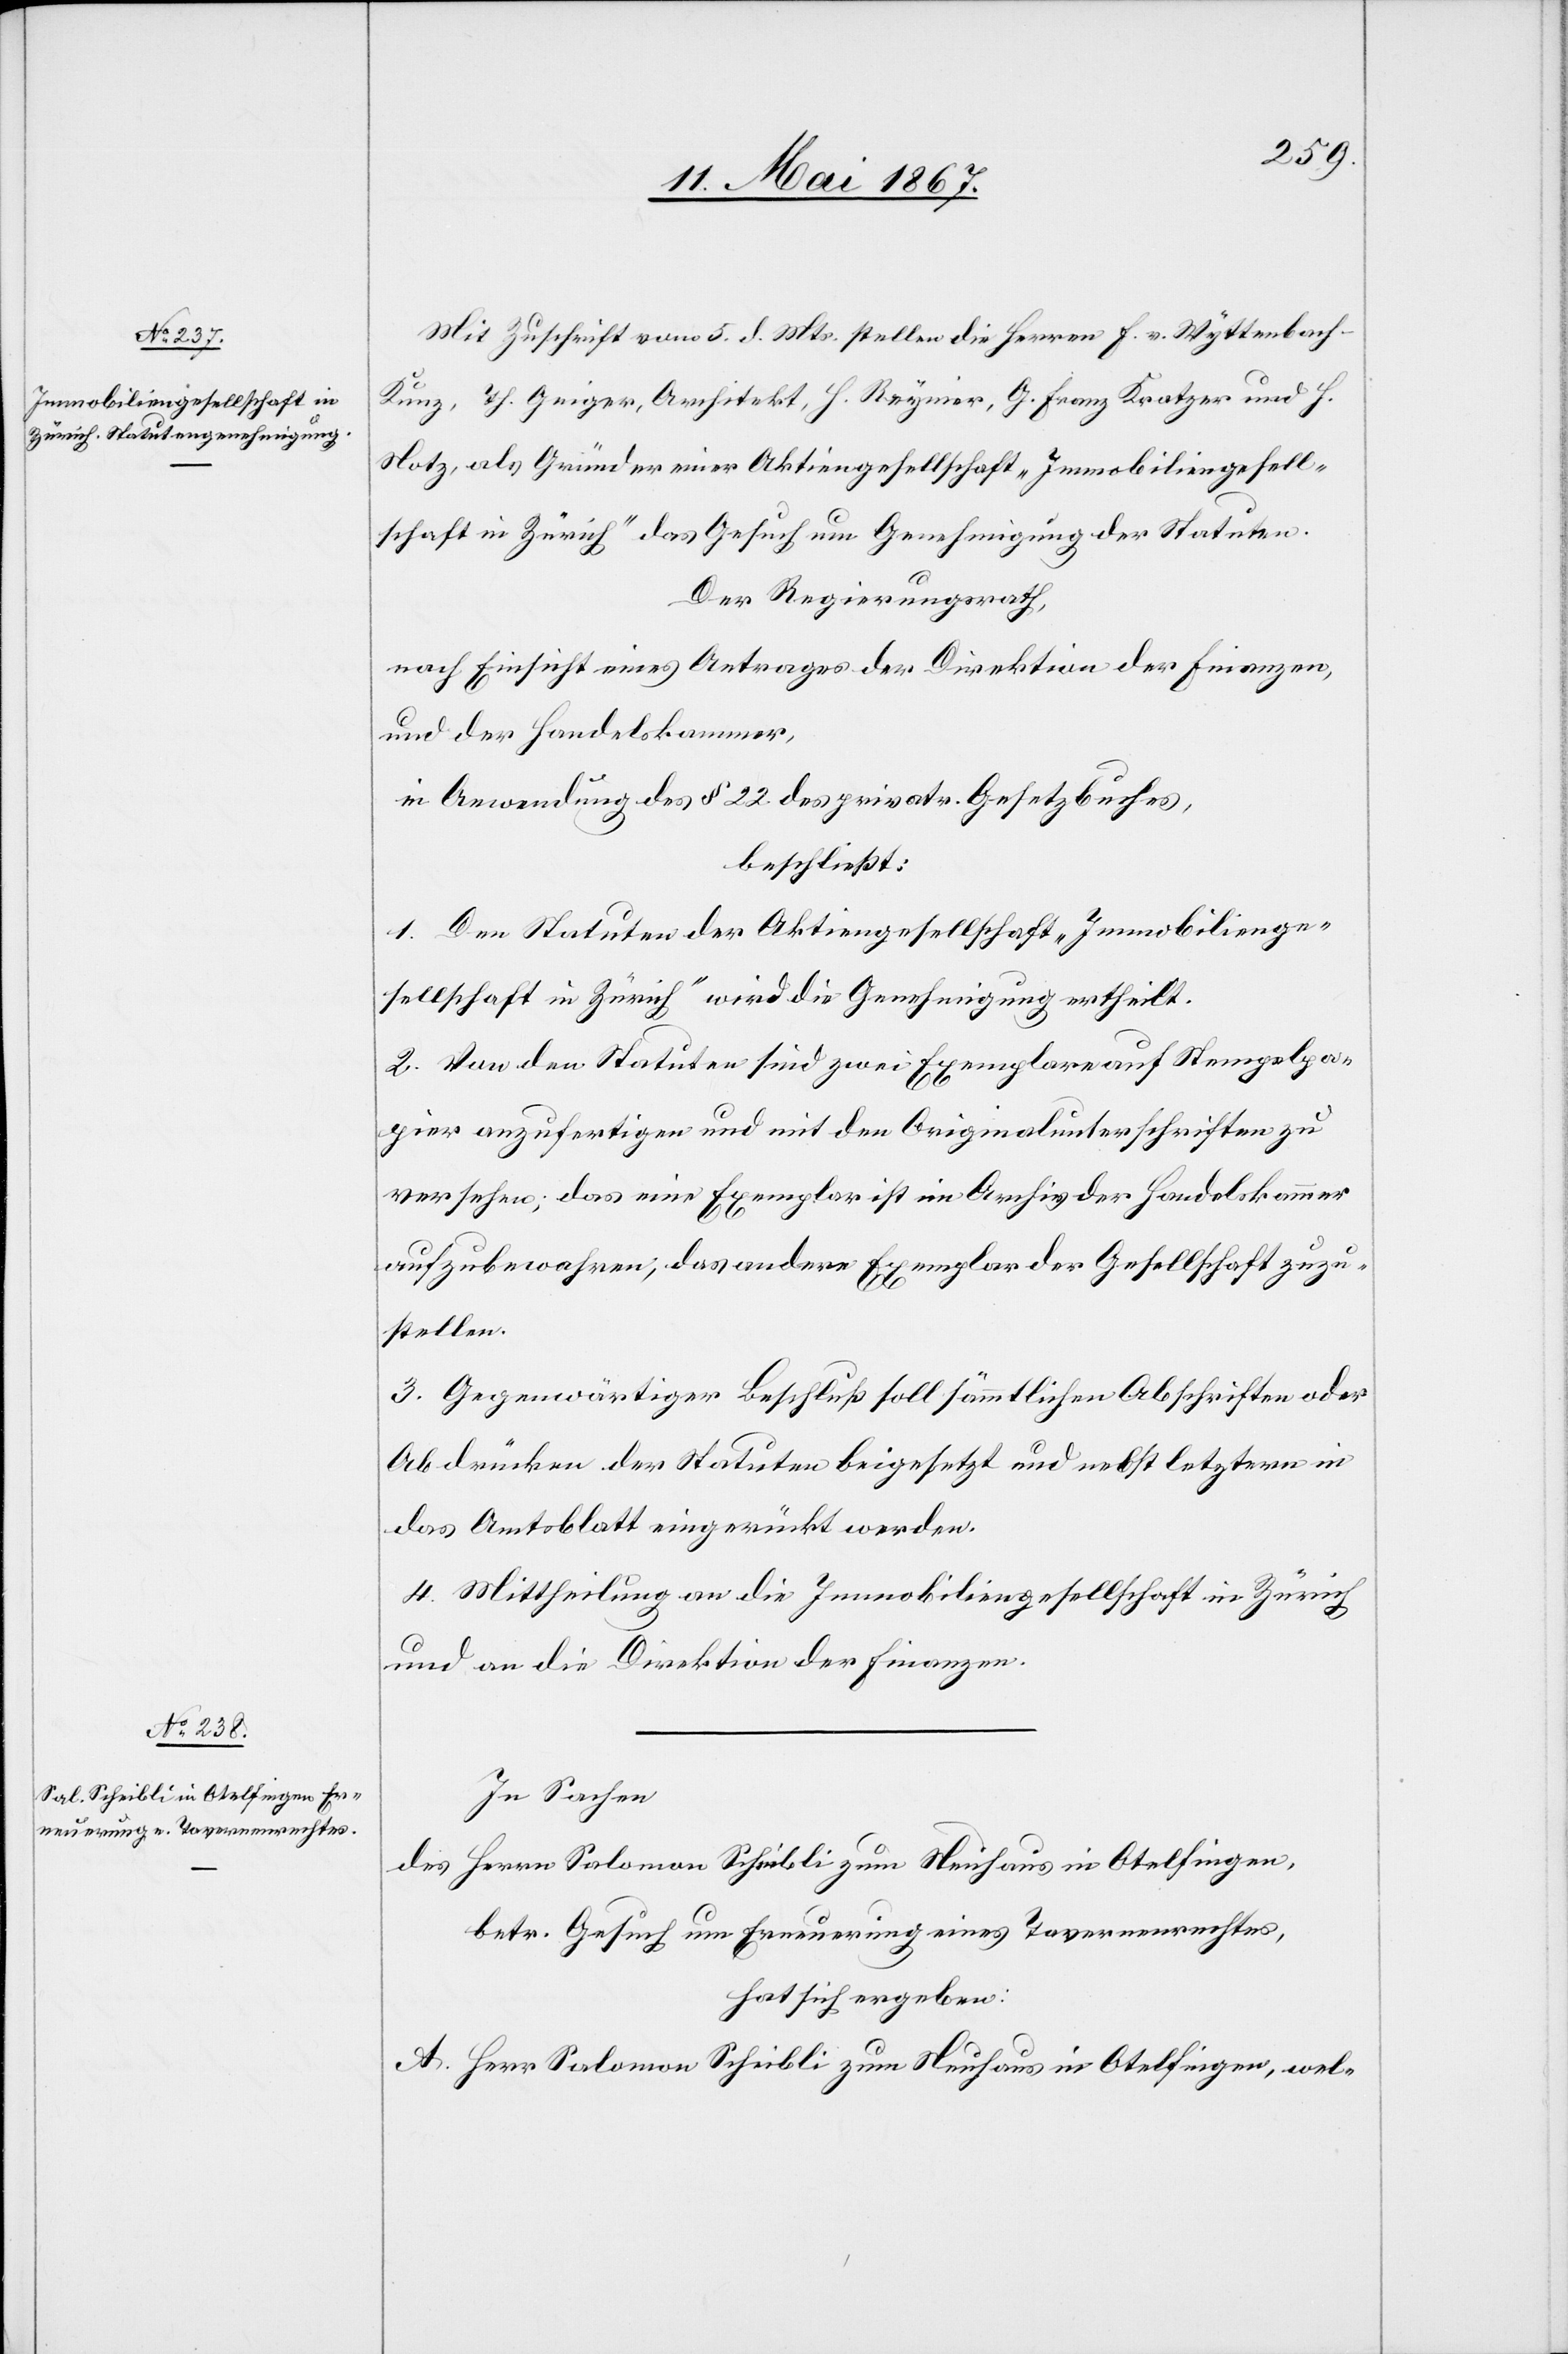
Mit Zuschrift vom 5. d. Mts. stellen die Herren F. v. Wyttenbach-K¬
unz, Th. Geiger, Architekt, J. Reynier, G. Franz Kratzer und H.
Hotz, als Gründer einer Aktiengesellschaft, „Immobiliengesell¬
schaft in Zürich“ das Gesuch um Genehmigung der Statuten.
Der Regierungsrath,
nach Einsicht eines Antrages der Direktion der Finanzen,
und der Handelskammer,
in Anwendung des § 22 des privatr. Gesetzbuches,
beschließt:
1. Den Statuten der Aktiengesellschaft „Immobilienge¬
sellschaft in Zürich“ wird die Genehmigung ertheilt.
2. Von den Statuten sind zwei Exemplare auf Stempelpa¬
pier anzufertigen und mit den Originalunterschriften zu
versehen; das eine Exemplar ist im Archiv der Handelskammer
aufzubewahren, das andere Exemplar der Gesellschaft zuzu¬
stellen.
3. Gegenwärtiger Beschluß soll sämmtlichen Abschriften oder
Abdrücken der Statuten beigesetzt und nebst letztern in
das Amtsblatt eingerückt werden.
4. Mittheilung an die Immobiliengesellschaft in Zürich
und an die Direktion der Finanzen.
In Sachen
des Herrn Salomon Scheibli zum Neuhaus in Otelfingen,
betr. Gesuch um Erneuerung eines Tavernenrechtes,
hat sich ergeben:
A. Herr Salomon Scheibli zum Neuhaus in Otelfingen, wel-